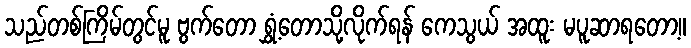
သည်တစ်ကြိမ်တွင်မူ ဗွက်တော ရွှံ့တောသို့လိုက်ရန် ကေသွယ် အထူး မပူဆာရတော့။